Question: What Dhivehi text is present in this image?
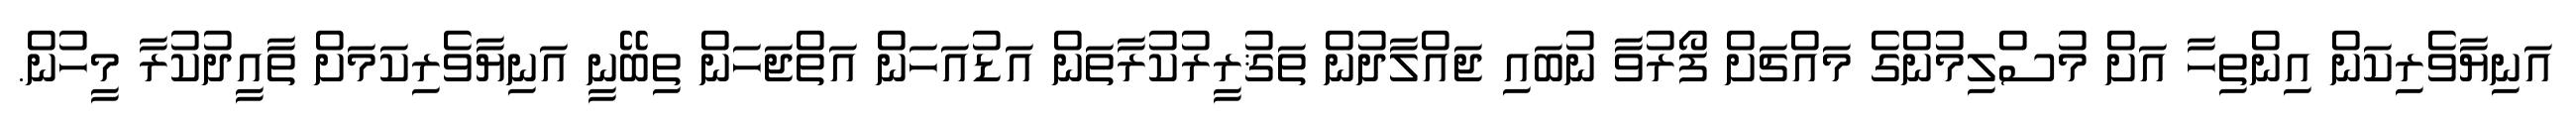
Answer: އަނިޔާވެރިކަން އިންތިހާ އަށް މުސްލިމުންގެ މައްޗަށް ފޯރުވާ ނުބައި ޖައްލާދުން ތަޤުރީރުކުރާތަން އަޑުއަހަން އަތްޖަހަން ތިބޭނީ އަނިޔާވެރިކަމަށް ތާއީދުކުރާ މީހުން.